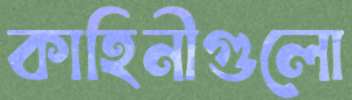
কাহিনীগুলো